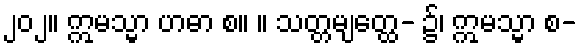
၂၀၂။ ဣမသ္မာ ဟဓာ စ။ ။ သတ္တမျတ္ထေ- ၌၊ ဣမသ္မာ စ-